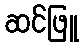
ဆင်ဖြူ